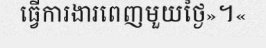
ធ្វើការងារពេញមួយថ្ងៃ»។«